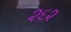
૨૬૨